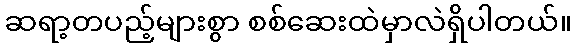
ဆရာ့တပည့်များစွာ စစ်ဆေးထဲမှာလဲရှိပါတယ်။